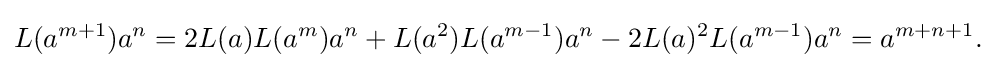
\displaystyle {L(a^{m+1})a^{n}=2L(a)L(a^{m})a^{n}+L(a^{2})L(a^{m-1})a^{n}-2L(a)^{2}L(a^{m-1})a^{n}=a^{m+n+1}.}